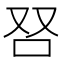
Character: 𰇍